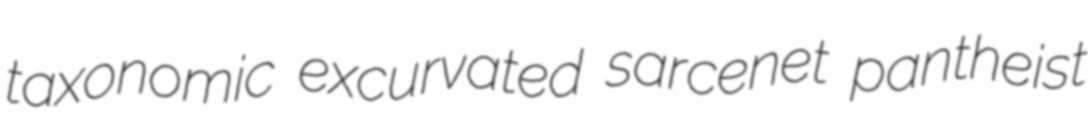
taxonomic excurvated sarcenet pantheist